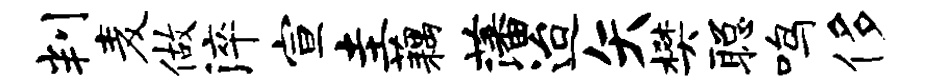
判麦做淬宣圭藕藩迨矢樊聪鸣侈